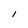
Character: I